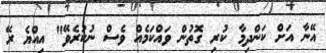
އޭނާ އަށް ކަންދިމާ ކުރި ގޮތުން ވައްކަމެއް ވެސް ނުކުރެވޭ" އިއްޔެ ރޭ